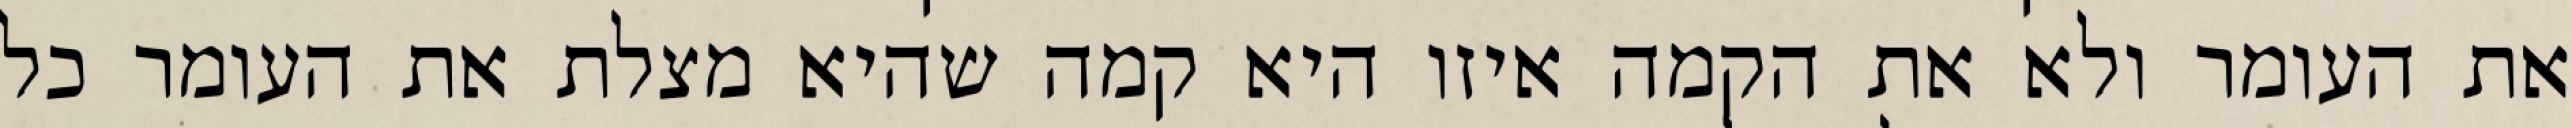
את העומר ולא את הקמה איזו היא קמה שהיא מצלת את העומר כל